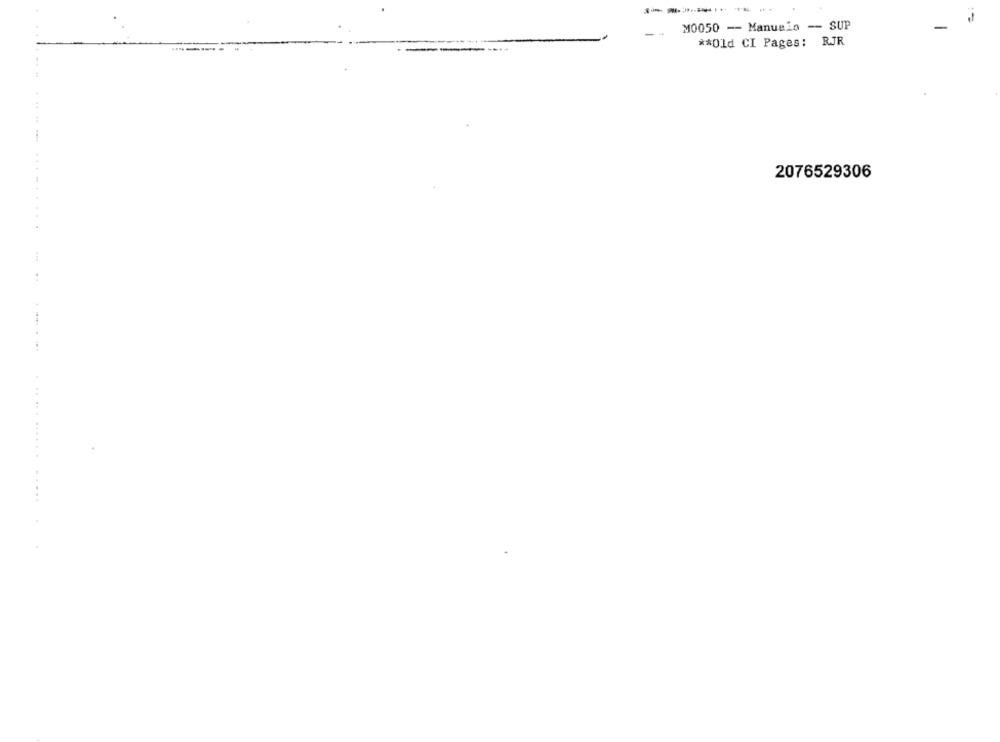
M0050 - Manuelo -- SUP
** Old CI Pages:
RJR
...
. ..
2076529306
..